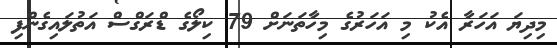
މިދިޔަ އަހަރާ އެކު މި އަހަރުގެ މިހާތަނަށް 79 ކިލޯގެ ޑްރަގްސް އަތުލައިގެންފި